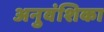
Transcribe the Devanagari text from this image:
अनुवंशिका